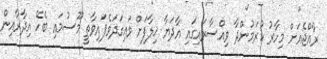
ރާއްޖެއަށް މިހާރު ކުރަމުންދާ ވިއްސާރައިގައި އާދަޔާ ޚިލާފަށް ވައިގަދަވެފައިވާތީ މޫސުމައި ބެހޭ އިދާރާއިން